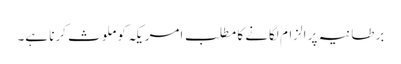
برطانیہ پر الزام لگانے کا مطلب امریکہ کو ملوث کرنا ہے۔